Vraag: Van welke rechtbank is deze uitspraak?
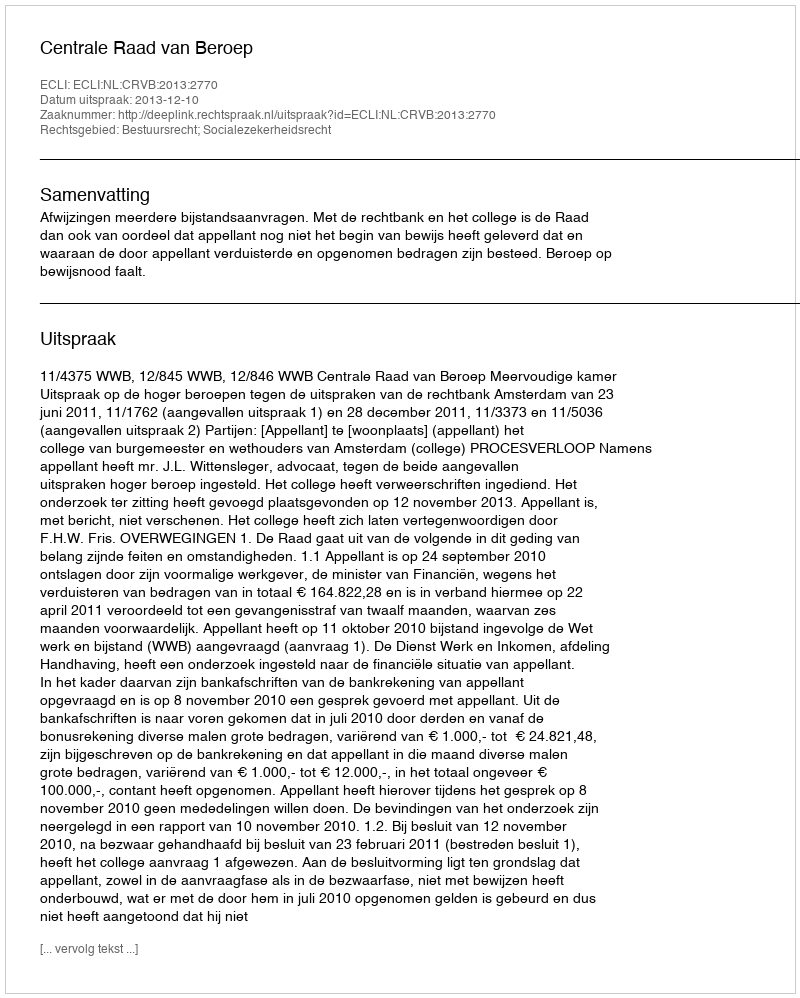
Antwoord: Centrale Raad van Beroep